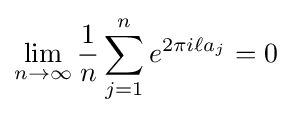
\lim _{n\to \infty }{\frac {1}{n}}\sum _{j=1}^{n}e^{2\pi i\ell a_{j}}=0